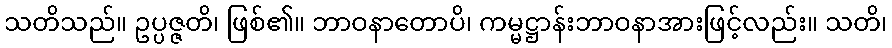
သတိသည်။ ဥပ္ပဇ္ဇတိ၊ ဖြစ်၏။ ဘာဝနာတောပိ၊ ကမ္မဋ္ဌာန်းဘာဝနာအားဖြင့်လည်း။ သတိ၊